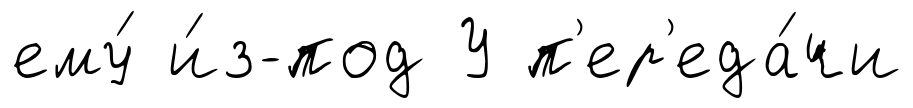
ему́ и́з-под У п'ер'еда́чи